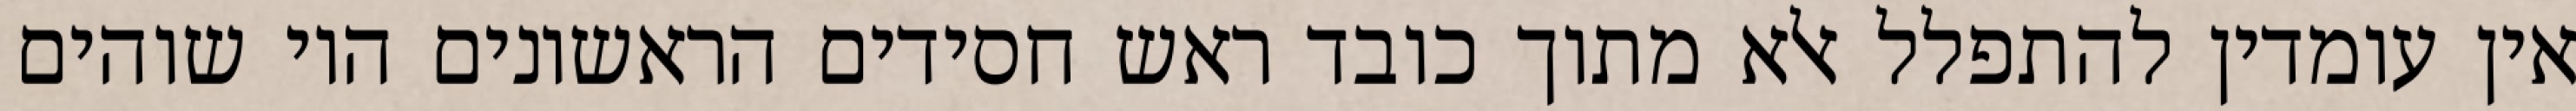
אין עומדין להתפלל אלא מתוך כובד ראש חסידים הראשונים היו שוהים